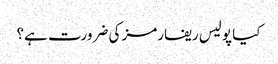
کیا پولیس ریفارمز کی ضرورت ہے؟